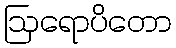
ဩရောပိတော